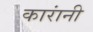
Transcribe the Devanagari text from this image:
कारांनी